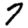
Digit: 7